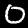
Label: 0